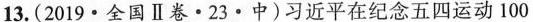
13.(2019·全国Ⅱ卷·23·中)习近平在纪念五四运动100